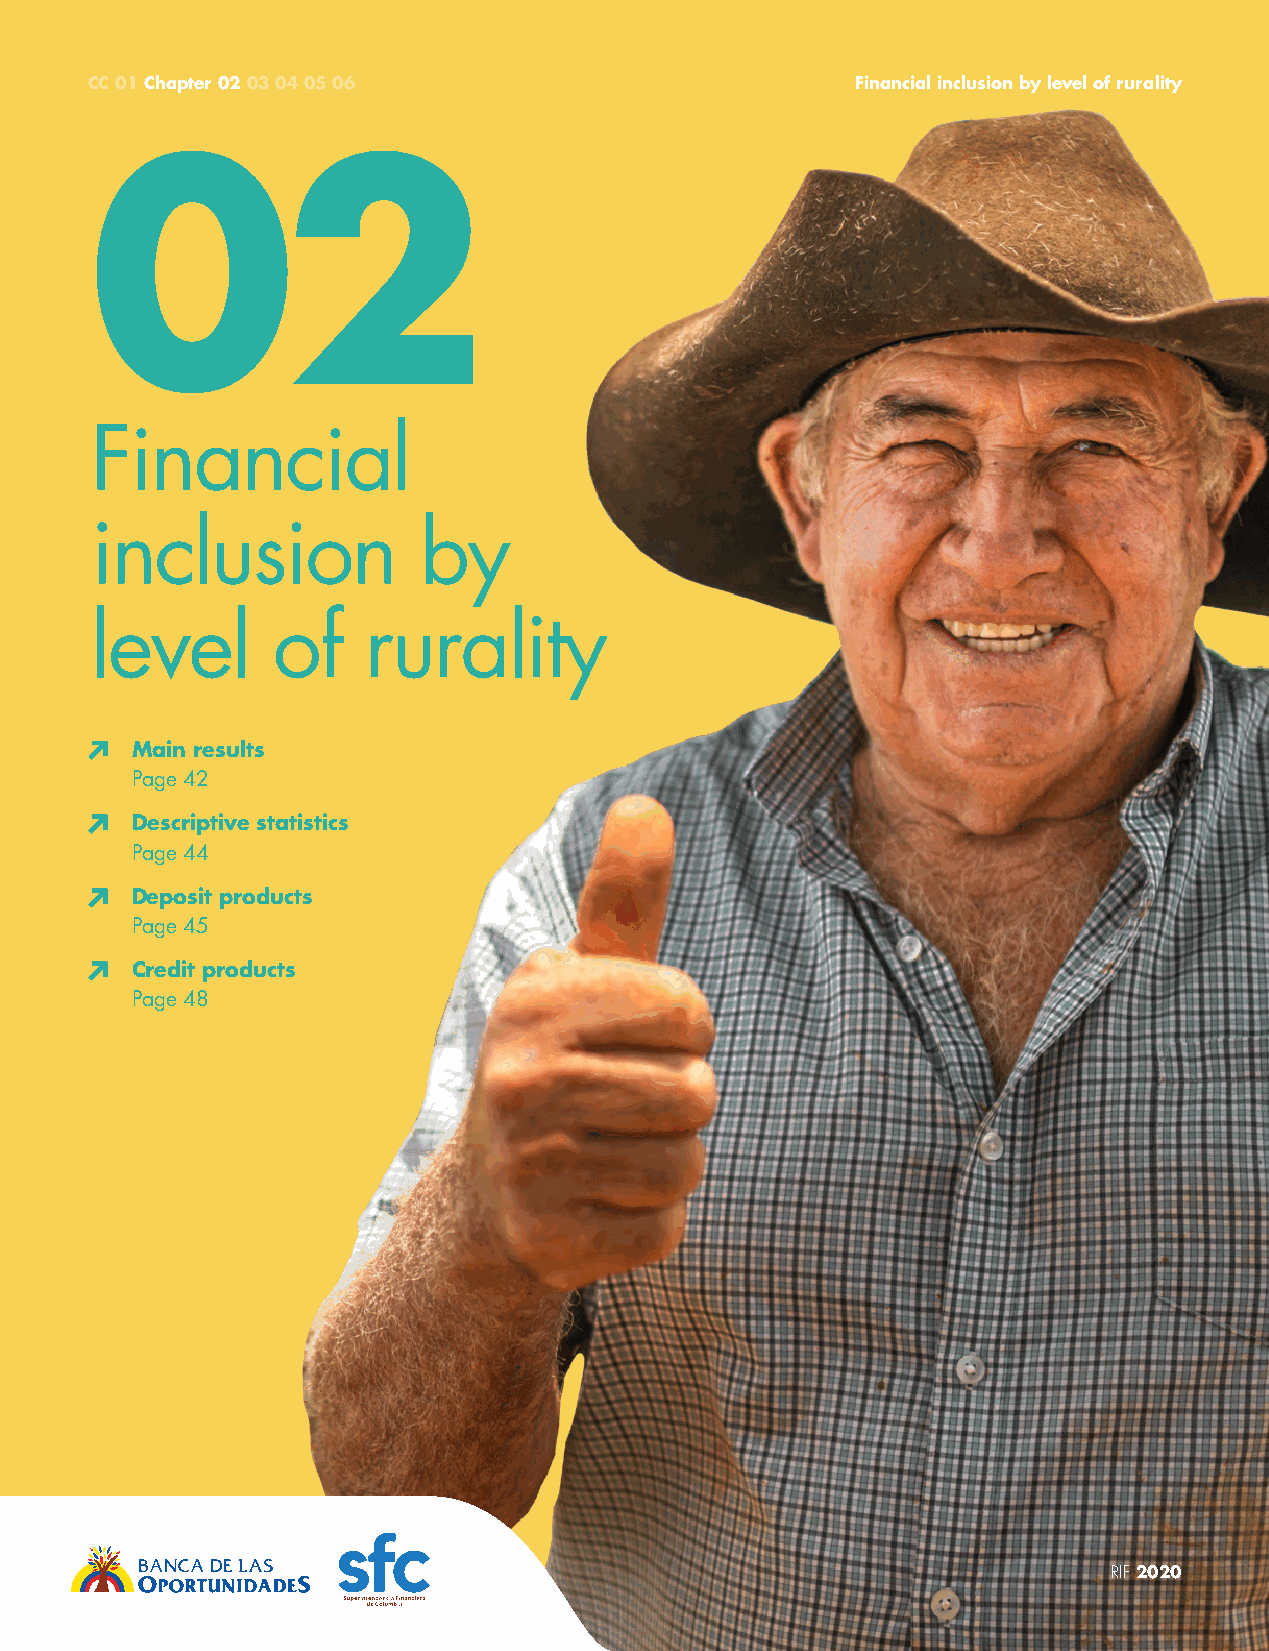
CC 01 Chapter 02 03 04 05 06                       Financial inclusion by level of rurality
 02
 Financial
 inclusion             by
 level       of    rurality
 Main results
 Page 42
 Descriptive statistics
 Page 44
 Deposit products
 Page 45
 Credit products
 Page 48
 40                                                                  RIF 2020